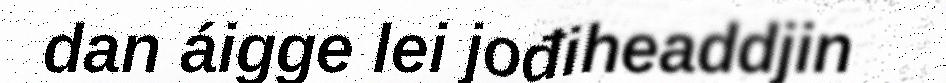
dan áigge lei jođiheaddjin